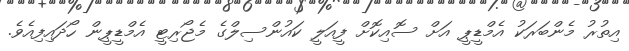
އިތުރު މެންބަރަކު އެމްޑީޕީ އަށް ސޮއިކޮށް ފީއަލީ ކައުންސިލްގެ މެޖޯރިޓީ އެމްޑީޕީން ހޯދައިފިއެވެ.